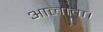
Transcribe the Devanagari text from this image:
आलावा।